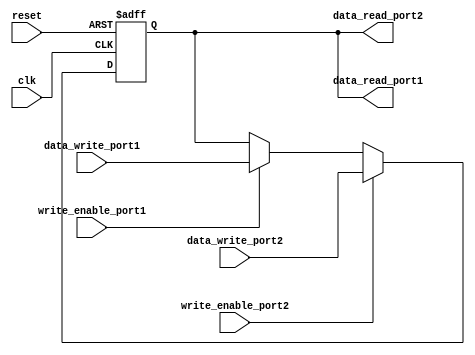
module dual_port_register (
    input wire clk,
    input wire reset,
    input wire [7:0] data_write_port1,
    input wire write_enable_port1,
    input wire [7:0] data_write_port2,
    input wire write_enable_port2,
    output reg [7:0] data_read_port1,
    output reg [7:0] data_read_port2
);

reg [7:0] reg_val;

always @(posedge clk or posedge reset) begin
    if (reset) begin
        reg_val <= 8'h00;
    end else begin
        if (write_enable_port1) begin
            reg_val <= data_write_port1;
        end
        if (write_enable_port2) begin
            reg_val <= data_write_port2;
        end
    end
end

assign data_read_port1 = reg_val;
assign data_read_port2 = reg_val;

endmodule